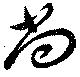
尚